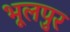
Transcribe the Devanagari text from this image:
भूलपुर